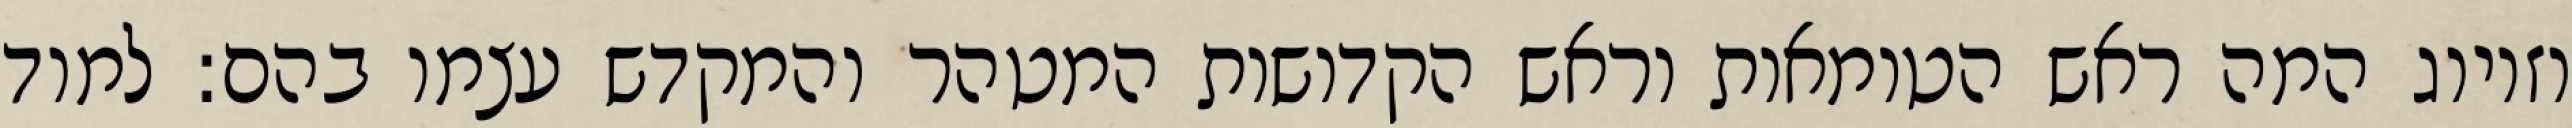
וזיווג המה ראש הטומאות וראש הקדושות המטהר והמקדש עצמו בהם: למוד